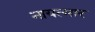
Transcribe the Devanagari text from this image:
नायत्मार